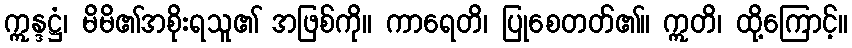
ဣန္ဒဋ္ဌံ၊ မိမိ၏အစိုးရသူ၏ အဖြစ်ကို။ ကာရေတိ၊ ပြုစေတတ်၏။ ဣတိ၊ ထို့ကြောင့်။